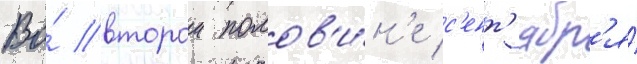
Во́ второи полов'и́н'е с'ент'ябр'я́